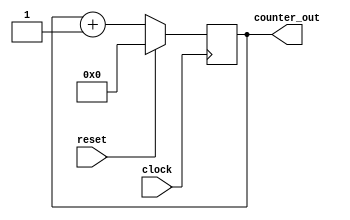
// Lattice Diamond Version (64-bit) 3.12.0.240.2
// Ubuntu 20.04.4 LTS
//--------------------------
// Licence: MIT - See below 
//--------------------------
// First counter project
// purpose:
// - implementation 
// - simulation via integrated modelsim
//-------------------------------------------------------------
module first_counter(
 clock,
 reset,
 counter_out
 );
 input clock;
 input reset; 

 output [31:0] counter_out;

 wire clock;
 wire reset;

 reg [31:0] counter_out;

 always @ ( posedge clock)
 begin : COUNTER

   if (reset == 1'b1) 
   begin
     counter_out <= #1 32'b0000;
   end
   else
   begin
     counter_out <= #1 counter_out + 1;
   end
 end

endmodule

///////////////////////////////////////////////////////////////////////////////
// The MIT License (MIT)                                                     //
//                                                                           //
// Copyright (c) 2022, SZKE, Sndor
//                                                                           //
// Permission is hereby granted, free of charge, to any person obtaining a   //
// copy of this software and associated documentation files (the "Software") //
// to deal in the Software without restriction, including without limitation // 
// the rights to use, copy, modify, merge, publish, distribute, sublicense,  //
// and/or sell copies of the Software, and to permit persons to whom the     //
// Software is furnished to do so, subject to the following conditions:      //
//                                                                           //
// The above copyright notice and this permission notice shall be included   // 
// in all copies or substantial portions of the Software.                    //
//                                                                           //
// THE SOFTWARE IS PROVIDED "AS IS", WITHOUT WARRANTY OF ANY KIND, EXPRESS   //
// OR IMPLIED, INCLUDING BUT NOT LIMITED TO THE WARRANTIES OF                //
// MERCHANTABILITY, FITNESS FOR A PARTICULAR PURPOSE AND NONINFRINGEMENT.    //
// IN NO EVENT SHALL THE AUTHORS OR COPYRIGHT HOLDERS BE LIABLE FOR ANY      //
// CLAIM, DAMAGES OR OTHER LIABILITY, WHETHER IN AN ACTION OF CONTRACT, TORT //
// OR OTHERWISE, ARISING FROM, OUT OF OR IN CONNECTION WITH THE SOFTWARE OR  //
// THE USE OR OTHER DEALINGS IN THE SOFTWARE.                                //
///////////////////////////////////////////////////////////////////////////////